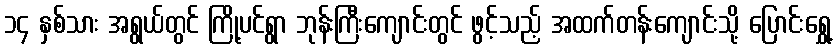
၁၄ နှစ်သား အရွယ်တွင် ကြို့ပင်ရွာ ဘုန်းကြီးကျောင်းတွင် ဖွင့်သည့် အထက်တန်းကျောင်းသို့ ပြောင်းရွှေ့